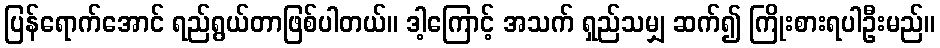
ပြန်ရောက်အောင် ရည်ရွယ်တာဖြစ်ပါတယ်။ ဒါ့ကြောင့် အသက် ရှည်သမျှ ဆက်၍ ကြိုးစားရပါဦးမည်။